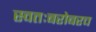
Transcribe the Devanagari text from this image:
स्वतःबरोबरच